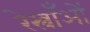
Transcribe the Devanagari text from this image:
रेस्त्राँओं